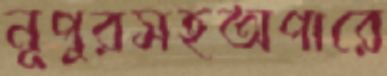
নূপুরসহঅপারে